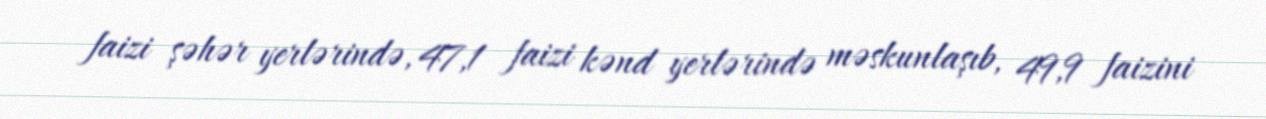
faizi şəhər yerlərində, 47,1 faizi kənd yerlərində məskunlaşıb, 49,9 faizini